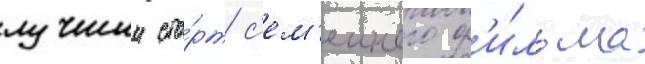
лучшии ста́рт с'ем'еиного ф'и́льма